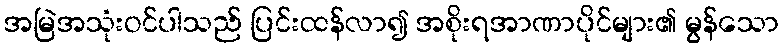
အမြဲအသုံးဝင်ပါသည် ပြင်းထန်လာ၍ အစိုးရအာဏာပိုင်များ၏ မွန်သော